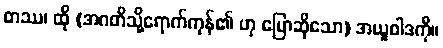
တဿ၊ ထို (အဂတိသို့ရောက်ကုန်၏ ဟု ပြောဆိုသော) အယူဝါဒကို။